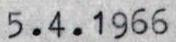
5.4.1966